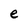
Character: e